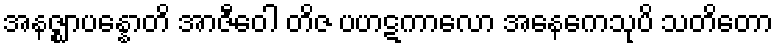
အနဇ္ဈာပန္နောတိ အာဇီဝေါ တိဇ ပဟဋကာလော အနေကေသုပိ သတိတော